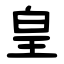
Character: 皇